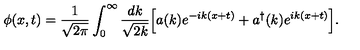
\phi ( x , t ) = \frac { 1 } { \sqrt { 2 \pi } } \int _ { 0 } ^ { \infty } \frac { d k } { \sqrt { 2 k } } \Bigl [ a ( k ) e ^ { - i k ( x + t ) } + a ^ { \dagger } ( k ) e ^ { i k ( x + t ) } \Bigr ] .